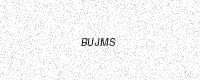
Text: BUJMS